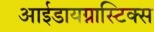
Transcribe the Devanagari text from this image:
आईडायग्नास्टिक्स